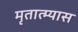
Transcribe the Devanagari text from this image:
मृतात्म्यास